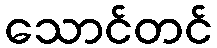
သောင်တင်